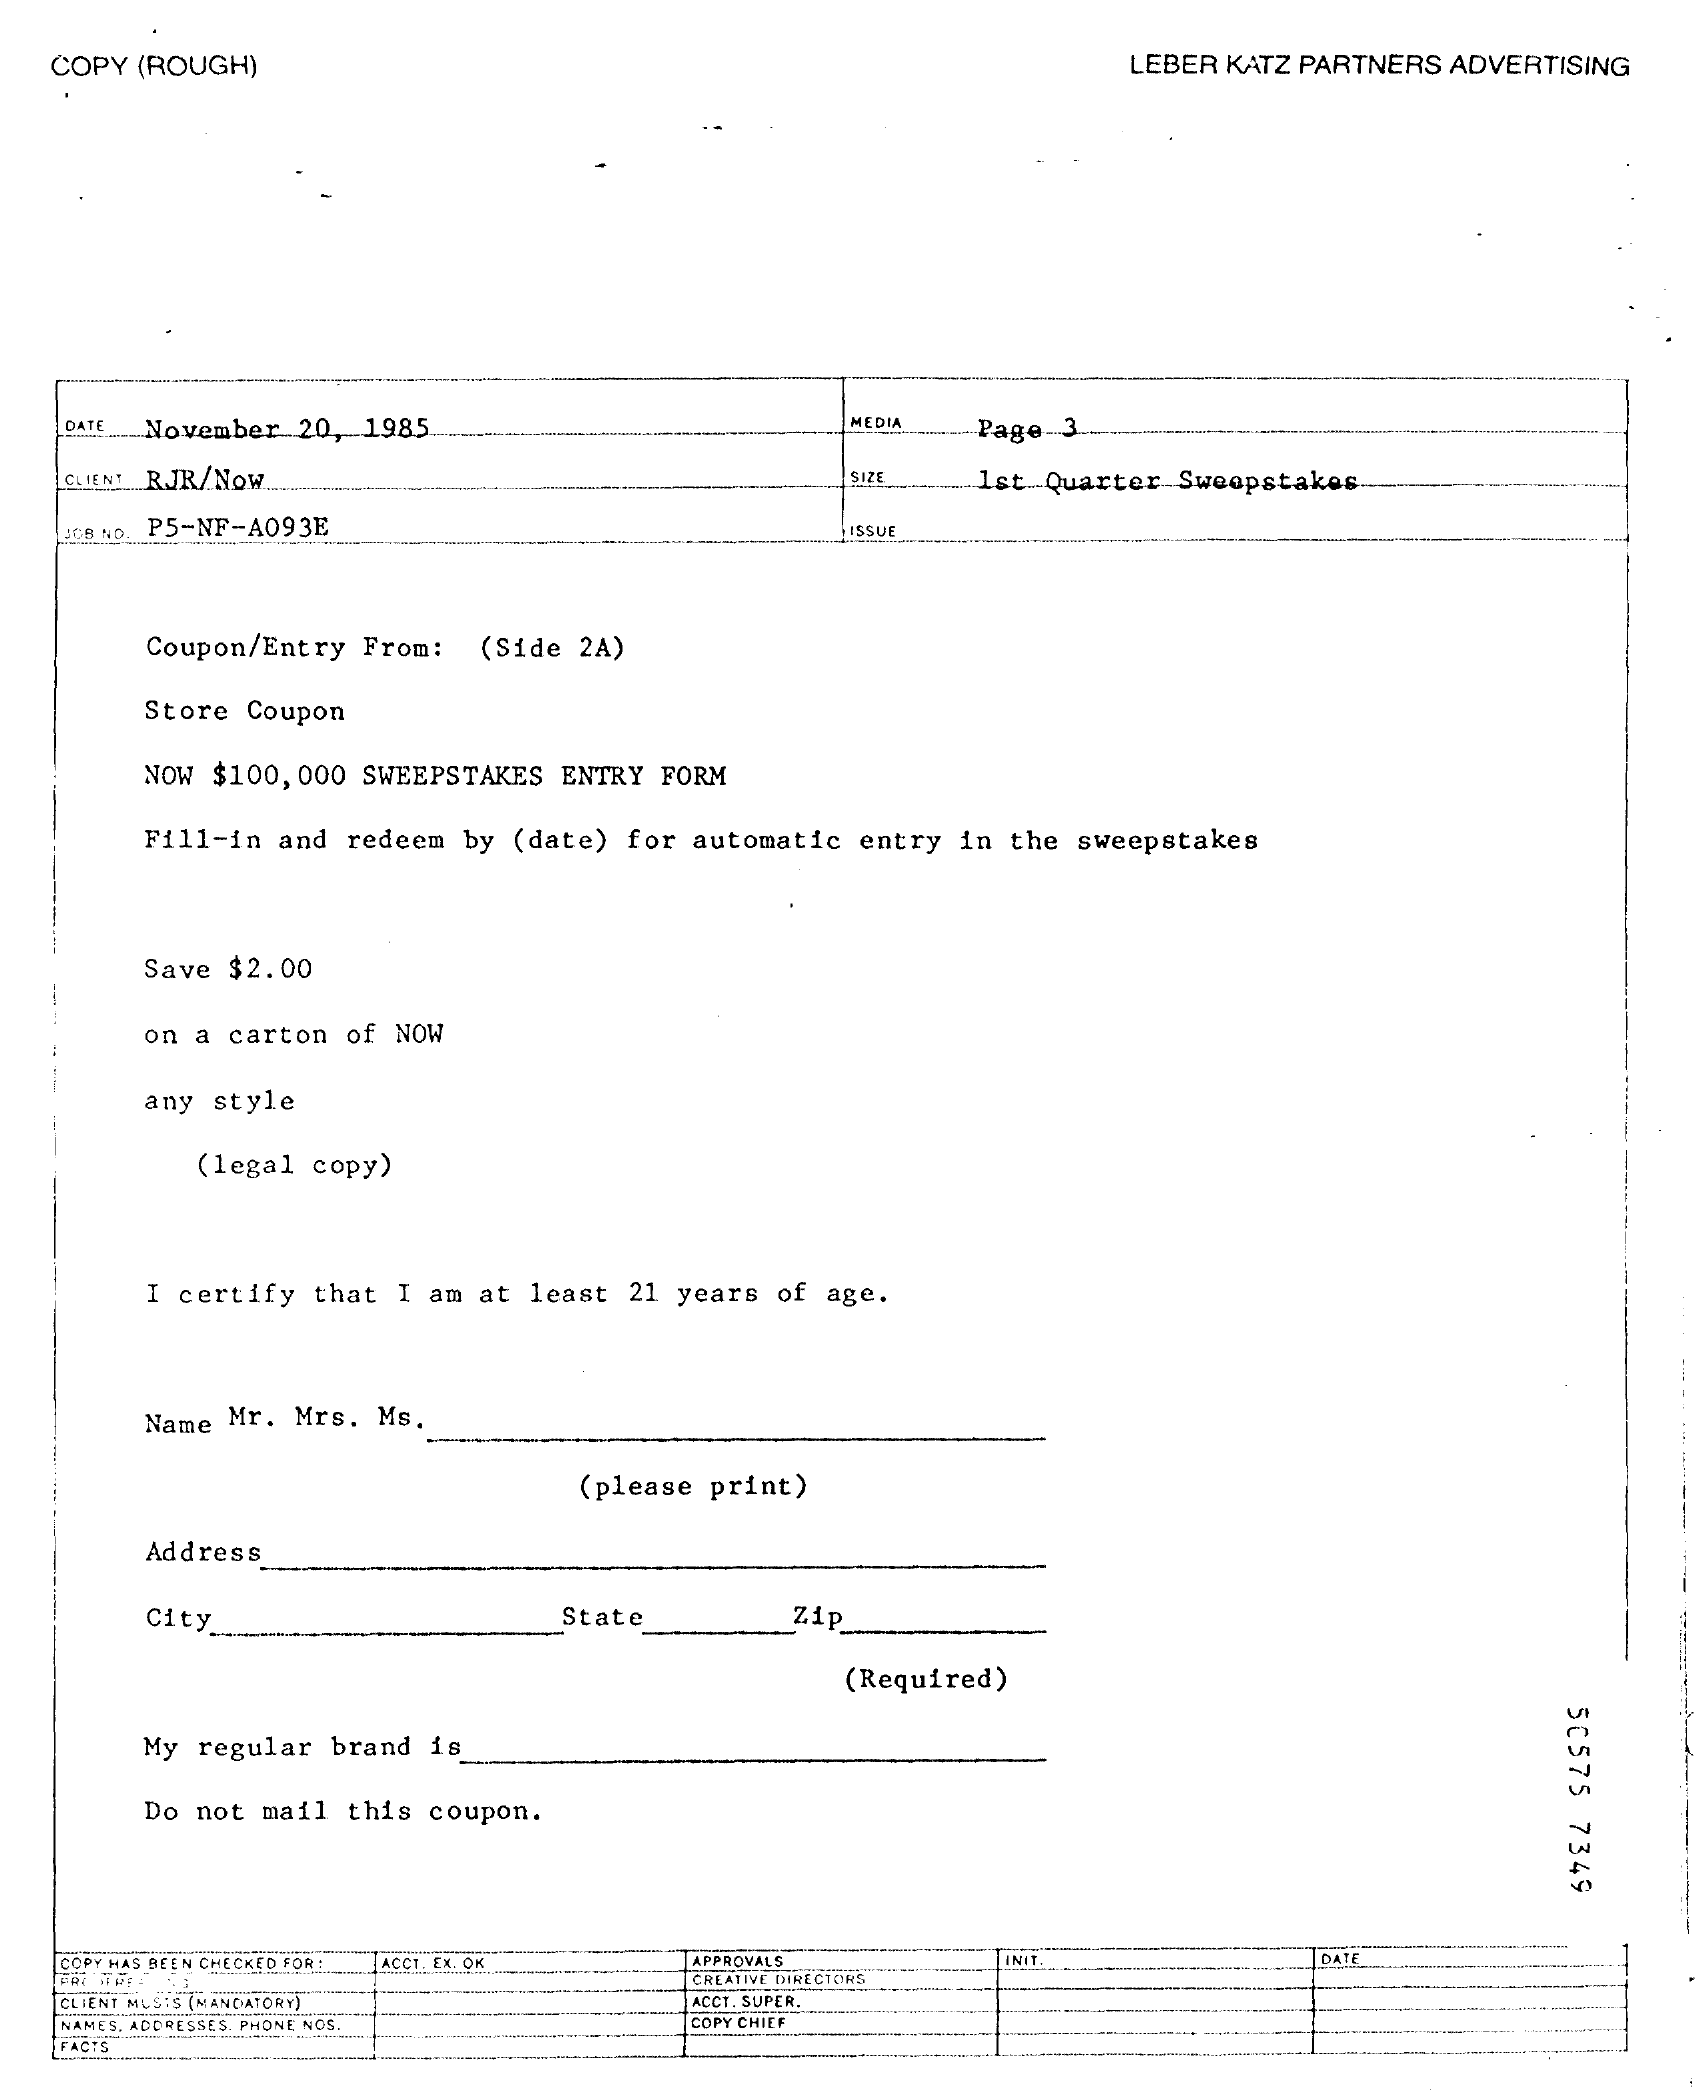
COPY (ROUGH)    LEBER KATZ PARTNERS ADVERTISING
    DATE November 20, 1985    MEDIA Page 3.
    CLIENT RJR/NOW    SIZE  Ist-Quarter Sweepstakes
    SCA NO. P5-NF-A093E    LISSU
     Coupon/Entry From: (Side 2A)
     Store Coupon
     NOW $100, 000 SWEEPSTAKES ENTRY FORM
     Fill-in and redeem by (date) for automatic entry in the sweepstakes
     Save $2.00
     on a carton of NOW
     any style
     (legal copy)
     I certify that I am at least 21 years of age.
     Name Mr. Mrs. Ms.
     (please print)
     Address
     City    State    Zip
     (Required)
     50575
     7349
     My regular brand is
     Do not mail this coupon.
   COPY HAS BEEN CHECKED FOR : AČČT. Ex. OK. APPROVALS INIT.
     CREATIVE DIRECTORS
    CLIENT MUSIS (MANDATORY)    ACCT. SUPER.
    NAMES, ADDRESSES. PHONE NOS.    COPY CHIEF
    ACTS